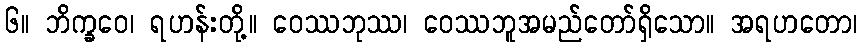
၆။ ဘိက္ခဝေ၊ ရဟန်းတို့။ ဝေဿဘုဿ၊ ဝေဿဘူအမည်တော်ရှိသော။ အရဟတော၊